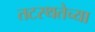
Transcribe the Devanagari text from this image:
तटस्थतेच्या